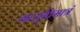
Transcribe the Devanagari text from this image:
गव्यूतिमात्रं